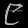
Digit: ၉